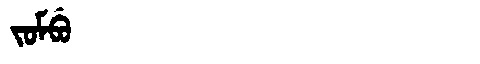
Manchu: ᠵᠣᠮᠪᡠ
Romanization: JOMBU